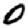
Digit: 0